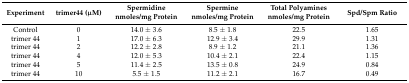
| Experiment | trimer44 (μM) | Spermidine nmoles/mg Protein | Spermine nmoles/mg Protein | Total Polyamines nmoles/mg Protein | Spd/Spm Ratio |
 | --- | --- | --- | --- | --- | --- |
 | Control | 0 | 14.0 ± 3.6 | 8.5 ± 1.8 | 22.5 | 1.65 |
 | trimer 44 | 1 | 17.0 ± 6.3 | 12.9 ± 3.4 | 29.9 | 1.31 |
 | trimer 44 | 2 | 12.2 ± 2.8 | 8.9 ± 1.2 | 21.1 | 1.36 |
 | trimer 44 | 4 | 12.0 ± 5.3 | 10.4 ± 2.1 | 22.4 | 1.15 |
 | trimer 44 | 5 | 11.4 ± 2.5 | 13.5 ± 0.8 | 24.9 | 0.84 |
 | trimer 44 | 10 | 5.5 ± 1.5 | 11.2 ± 2.1 | 16.7 | 0.49 |